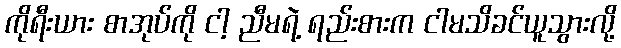
ကိုရီးယား စာအုပ်ကို ငါ့ ညီမရဲ့ ရည်းစားက ငါမသိခင်ယူသွားလို့